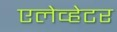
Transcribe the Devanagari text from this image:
एलेव्हेटर